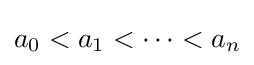
a_{0}<a_{1}<\cdots <a_{n}